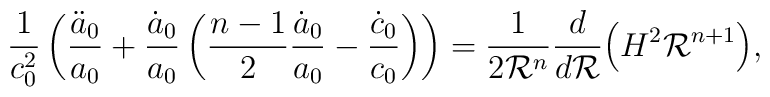
\frac{1}{c_0^2}\left (\frac{\ddot a_0}{a_0} +\frac{\dot a_0}{a_0}   \left(\frac{n-1}{2} \frac{\dot a_0}{a_0} -\frac{\dot c_0}{c_0}\right)   \right) = \frac{1}{2{\cal R}^n}\frac{d}{d{\cal R}} \Big(H^2{\cal R}^{n+1} \Big),